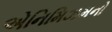
એનિમિઝમનો